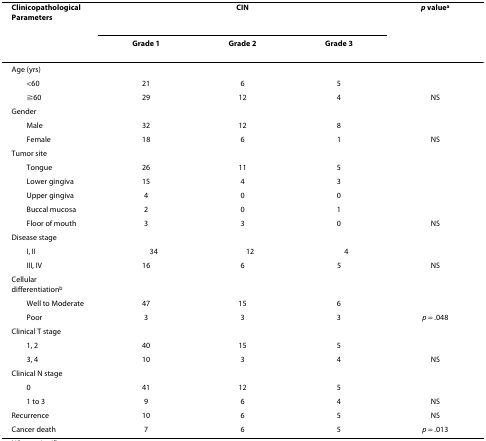
| Clinicopathological Parameters | <COLSPAN=3> CIN | p valuea |
 |  | Grade 1 | Grade 2 | Grade 3 |  |
 | --- | --- | --- | --- | --- |
 | Age (yrs) |  |  |  |  |
 | <60 | 21 | 6 | 5 |  |
 | ≧60 | 29 | 12 | 4 | NS |
 | Gender |  |  |  |  |
 | Male | 32 | 12 | 8 |  |
 | Female | 18 | 6 | 1 | NS |
 | Tumor site |  |  |  |  |
 | Tongue | 26 | 11 | 5 |  |
 | Lower gingiva | 15 | 4 | 3 |  |
 | Upper gingiva | 4 | 0 | 0 |  |
 | Buccal mucosa | 2 | 0 | 1 |  |
 | Floor of mouth | 3 | 3 | 0 | NS |
 | Disease stage |  |  |  |  |
 | I, II | 34 | 12 | 4 |  |
 | III, IV | 16 | 6 | 5 | NS |
 | Cellular differentiationb |  |  |  |  |
 | Well to Moderate | 47 | 15 | 6 |  |
 | Poor | 3 | 3 | 3 | p = .048 |
 | Clinical T stage |  |  |  |  |
 | 1, 2 | 40 | 15 | 5 |  |
 | 3, 4 | 10 | 3 | 4 | NS |
 | Clinical N stage |  |  |  |  |
 | 0 | 41 | 12 | 5 |  |
 | 1 to 3 | 9 | 6 | 4 | NS |
 | Recurrence | 10 | 6 | 5 | NS |
 | Cancer death | 7 | 6 | 5 | p = .013 |